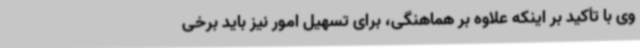
وی با تأکید بر اینکه علاوه بر هماهنگی، برای تسهیل امور نیز باید برخی